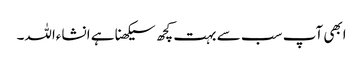
ابھی آپ سب سے بہت کچھ سیکھنا ہے انشاءاللہ۔